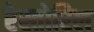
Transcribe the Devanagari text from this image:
रेस्तोरिल